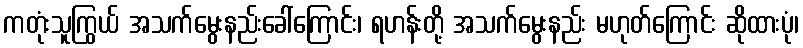
ကတုံးသူကြွယ် အသက်မွေးနည်းခေါ်ကြောင်း၊ ရဟန်းတို့ အသက်မွေးနည်း မဟုတ်ကြောင်း ဆိုထားပုံ၊